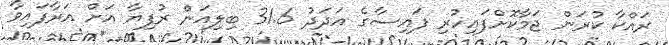
ރައްކާ ކުރަން ޖަމާކޮށްފައިހުރި ފައިސާގެ އަދަދު 31.6 ބިލިއަން ރުފިޔާ އަށް އަރާފައިވާ